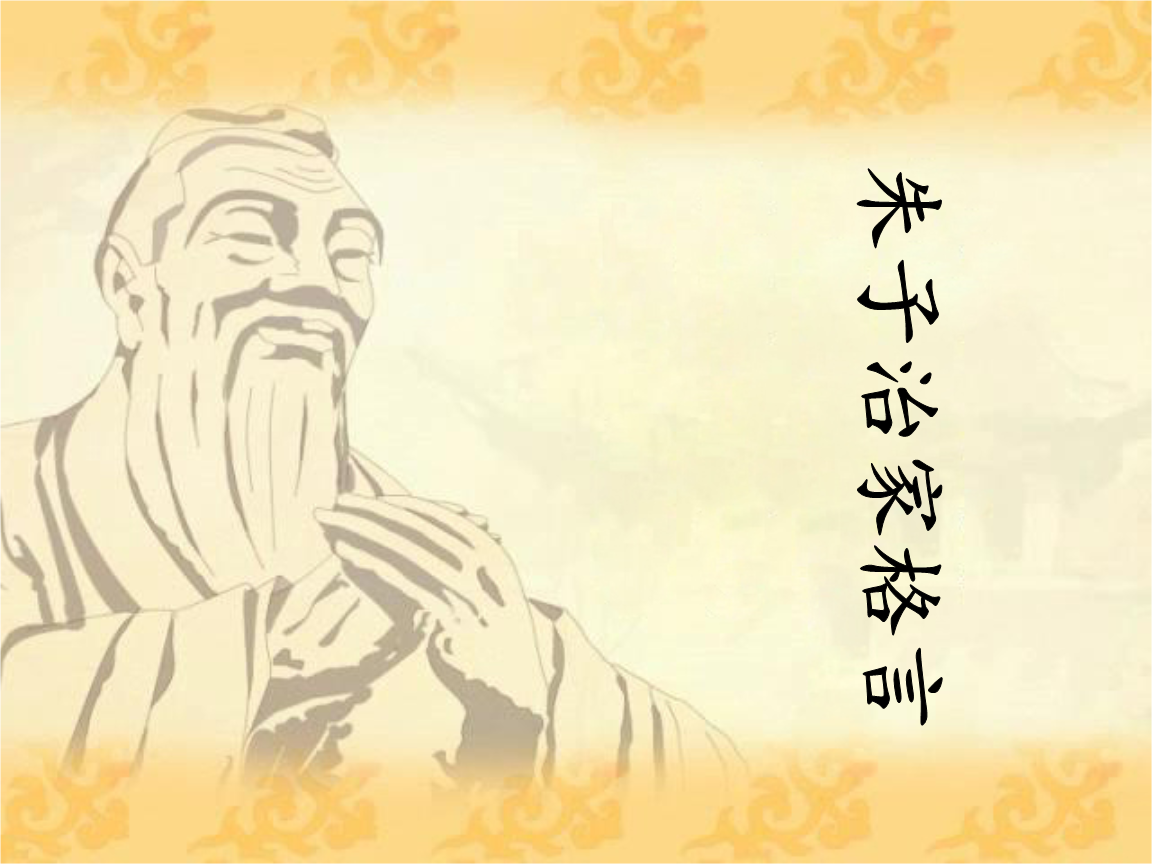
子不能治子之身，恶能治国政。